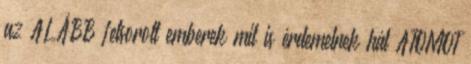
az ALÁBB felsorolt emberek mit is érdemelnek hát ATOMOT